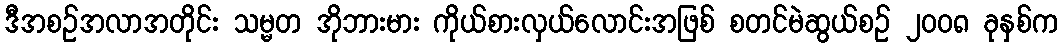
ဒီအစဉ်အလာအတိုင်း သမ္မတ အိုဘားမား ကိုယ်စားလှယ်လောင်းအဖြစ် စတင်မဲဆွယ်စဉ် ၂၀၀၈ ခုနှစ်က